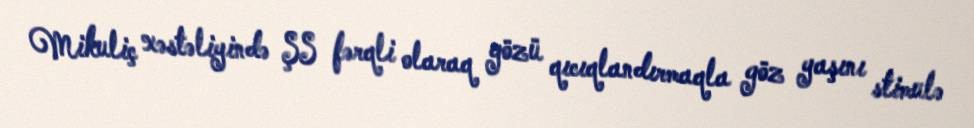
Mikuliç xəstəliyində ŞS fərqli olaraq gözü qıcıqlandırmaqla göz yaşını stimulə